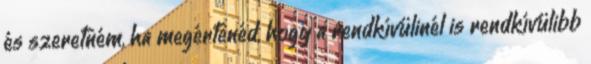
és szeretném, ha megértenéd, hogy a rendkívülinél is rendkívülibb